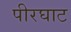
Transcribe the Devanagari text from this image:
पीरघाट